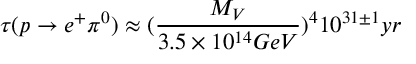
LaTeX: \tau ( p \rightarrow e ^ { + } \pi ^ { 0 } ) \approx ( \frac { M _ { V } } { 3 . 5 \times 1 0 ^ { 1 4 } G e V } ) ^ { 4 } 1 0 ^ { 3 1 \pm 1 } y r